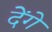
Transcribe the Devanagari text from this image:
देेंगे